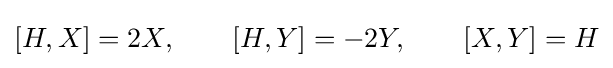
[H,X]=2X,\qquad [H,Y]=-2Y,\qquad [X,Y]=H